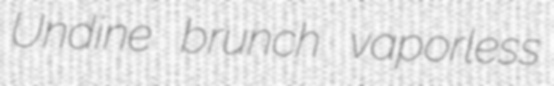
Undine brunch vaporless